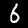
Label: 6